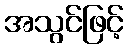
အသွင်ဖြင့်